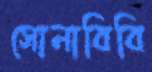
সোনাবিবি